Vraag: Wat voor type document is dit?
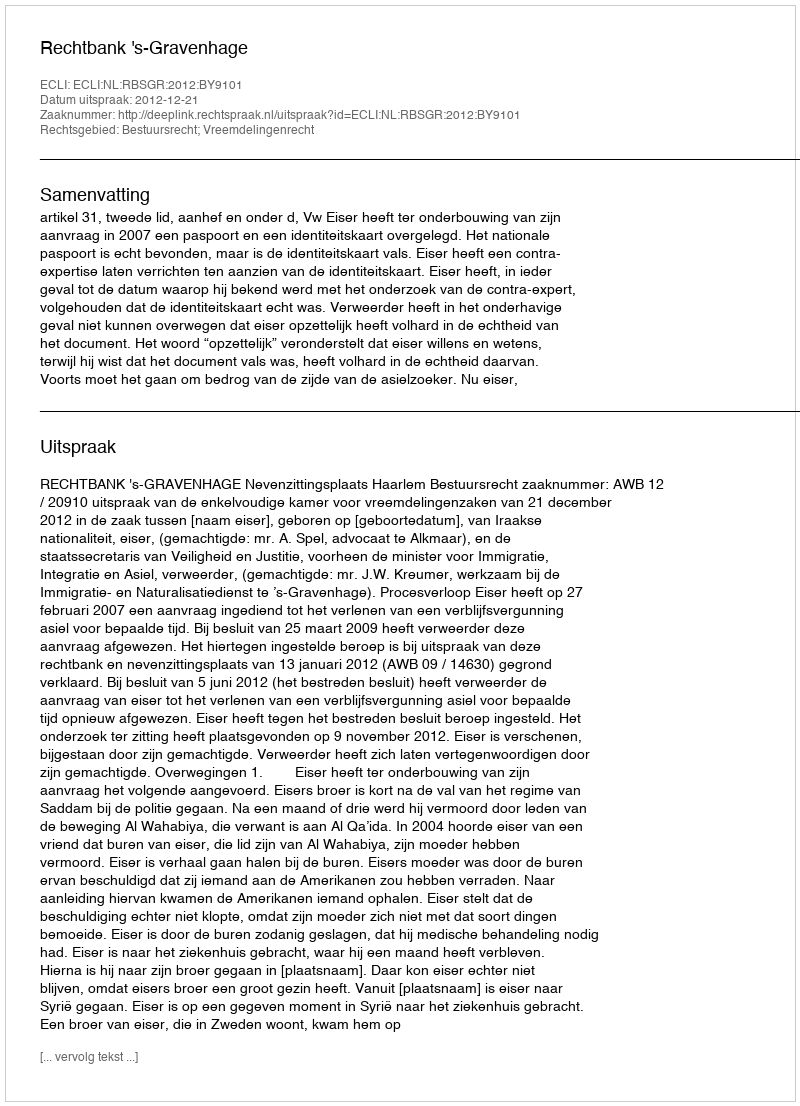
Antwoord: Uitspraak